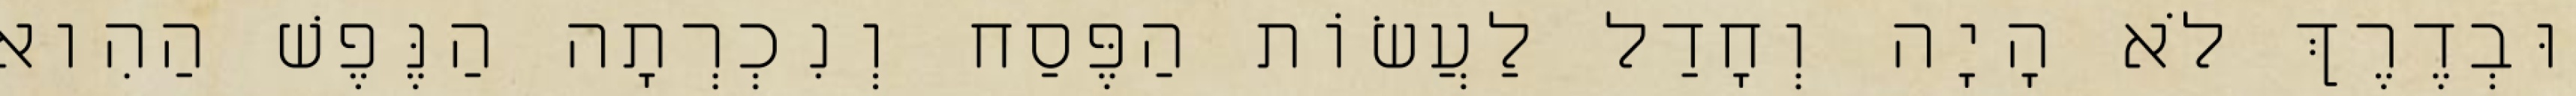
וּבְדֶרֶךְ לֹא הָיָה וְחָדַל לַעֲשׂוֹת הַפֶּסַח וְנִכְרְתָה הַנֶּפֶשׁ הַהִוא